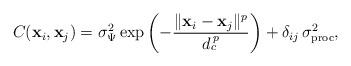
LaTeX: \begin{align*}C(\mathbf{x}_{i},\mathbf{x}_{j})=\sigma_{\Psi}^{2}\exp\left(-\frac{\Vert\mathbf{x}_{i}-\mathbf{x}_{j}\Vert{}^{p}}{d_{c}^{\, p}}\right)+\delta_{ij}\,\sigma_{\mathrm{proc}}^{2},\end{align*}